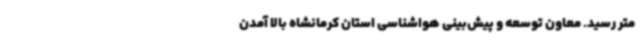
متر رسید. معاون توسعه و پیش‌بینی هواشناسی استان کرمانشاه بالا آمدن